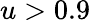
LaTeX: u>0.9